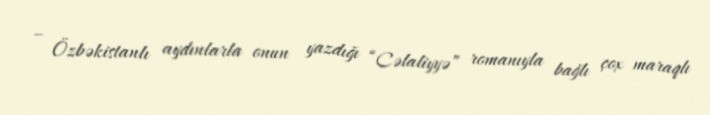
– Özbəkistanlı aydınlarla onun yazdığı “Cəlaliyyə” romanıyla bağlı çox maraqlı